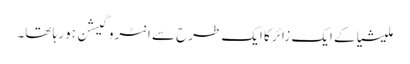
ملیشیا کے ایک زائر کا ایک طرح سے انٹروگیشن ہو رہا تھا۔